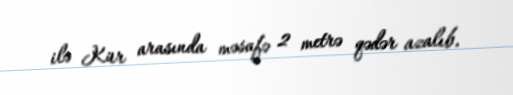
ilə Kür arasında məsafə 2 metrə qədər azalıb.